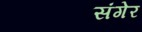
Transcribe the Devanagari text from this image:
संगेर